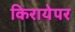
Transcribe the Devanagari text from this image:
किरायेपर